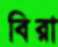
বিরা